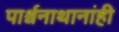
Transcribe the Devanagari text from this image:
पार्श्वनाथानांही